Vaccination in Bombay 1869-1873 - 1869-1873
Year: 1869
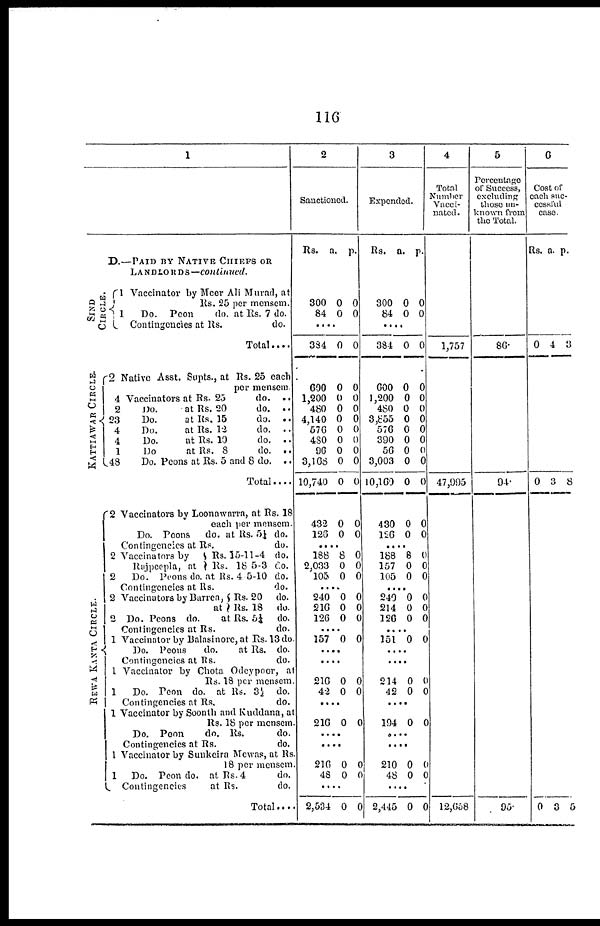
116
1
D.—PAID BY NATIVE CHIEFS OR
LANDLORDS—continued.
SIND
CIRCLE.
KATTIAWAR CIRCLE.
REWA KANTA CIRCLE.
1 Vaccinator by Meer Ali Murad, at
Rs. 25 per mensem.
1
Do. Peon
do. at Rs. 7 do.
Contingencies at Rs.
do.
Total....
2 Native Asst. Supts., at Rs. 25 each
per mensem.
4 Vaccinators at Rs. 25
do. ..
2
Do.
at Rs. 20
do. ..
23
Do.
at Rs. 15
do. ..
4
Do.
at Rs. 12
do. ..
4
Do.
at Rs. 10
do. ..
1
Do
at Rs. 8
do. ..
48
Do. Peons at Rs. 5 and 8 do. ..
Total....
2 Vaccinators by Loonawarra, at Rs. 18
each per mensem.
Do. Peons do. at Rs. 5¼ do.
Contingencies at Rs.
do.
2 Vaccinators by
Raipeepla, at
Rs. 15-11-4 do.
Rs.18 5-3 do.
2
Do. Peons do. at Rs. 4-5-10 do.
Contingencies at Rs.
do.
2 Vaccinators by Burred,
at
Rs. 20 do.
Rs. 18 do.
2 Do. Peons do. at Rs. 5¼ do.
Contingencies at Rs.
do.
1 Vaccinator by Balasinore, at Rs. 13 do.
Do. Peons
do.
at Rs. do.
Contingencies at Rs.
do.
1 Vaccinator by Chota Odeypoor, at
Rs. 18 per mensem.
1
Do. Peon do. at Rs. 3½ do.
Contingencies at Rs,
do.
1 Vaccinator by Soonth and Kuddana, at
Rs. 18 per mensem.
Do. Poon
do. Rs.
do.
Contingencies at Rs.
do.
1 Vaccinator by Sunkeira Mewas, at Rs.
18 per mensem.
1 Do. Peon do. at Rs. 4
do.
Contingencies
at Rs.
do.
Total ....
2
Sanctioned.
Rs.
300
84
a.
0
0
p.
0
0
....
384
600
1,200
480
4,140
576
480
96
3,168
10,740
432
126
0
0
0
0
0
0
0
0
0
0
0
0
0
0
0
0
0
0
0
0
0
0
0
0
....
188
2,033
105
8
0
0
0
0
0
....
240
216
126
0
0
0
0
0
0
....
157 0 0
....
....
216
42
0
0
0
0
....
216 0 0
....
....
216
48
0
0
0
0
....
2,534 0 0
3
Expended.
Rs.
300
84
a.
0
0
p.
0
0
....
384
600
1,200
480
3,855
576
390
56
3,003
10,160
430
126
0
0
0
0
0
0
0
0
0
0
0
0
0
0
0
0
0
0
0
0
0
0
0
0
....
188
157
105
8
0
0
0
0
0
....
240
214
126
0
0
0
0
0
0
....
151 0 0
....
....
214
42
0
0
0
0
....
194 0 0
....
....
210
48
0
0
0
0
....
2,445 0 0
4
Total
Number
Vacci-
nated.
1,757
47,995
12,658
5
Percentage
or Success,
excluding
those un-
known from
the Total.
86.
94.
95.
6
Cost or
each suc-
cessful
case.
Rs. a. p.
0 4 3
0 3 8
0 3 5